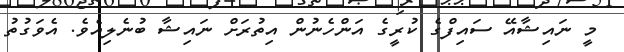
މީ ނައިޝާއޭ ސައިފްގެ ކުރީގެ އަންހެނުން އިތުރަށް ނައިޝާ ބުނެލިއެވެ. އެވަގުތު